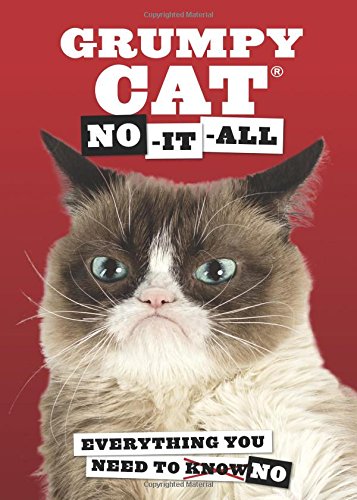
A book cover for Grumpy Cat: No-It-All: Everything You Need to No; Grumpy Cat; Comics & Graphic Novels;